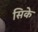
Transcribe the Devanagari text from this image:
सिके